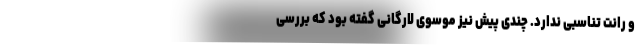
و رانت تناسبی ندارد. چندی پیش نیز موسوی لارگانی گفته بود که بررسی